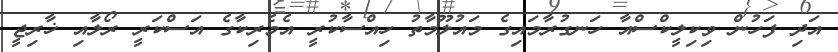
އަދި ފަހުން ވިކިލީކްސްއާ ހަނގުރާމައިގެ މައުލޫމާތު ހިއްސާކުރީ އެމެރިކާގެ އަސްކަރީ ރޯލާއި ޚާރިޖީ